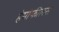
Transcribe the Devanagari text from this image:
हेमोफीलस